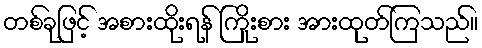
တစ်ခုဖြင့် အစားထိုးရန် ကြိုးစား အားထုတ်ကြသည်။